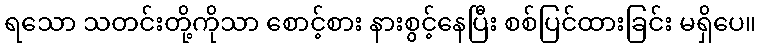
ရသော သတင်းတို့ကိုသာ စောင့်စား နားစွင့်နေပြီး စစ်ပြင်ထားခြင်း မရှိပေ။